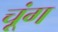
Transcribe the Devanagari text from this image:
चूंग